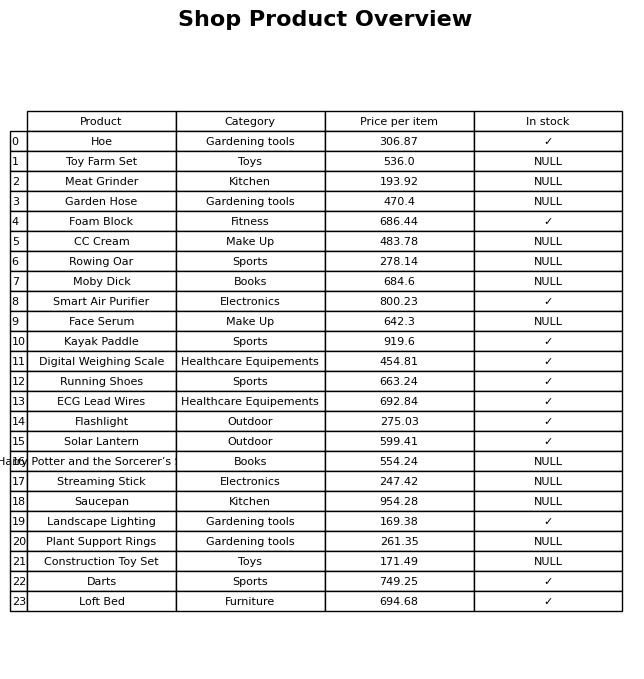
question: Which products are available in stock?
answer: Hoe, Foam Block, Smart Air Purifier, Kayak Paddle, Digital Weighing Scale, Running Shoes, ECG Lead Wires, Flashlight, Solar Lantern, Landscape Lighting, Darts, Loft Bed